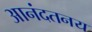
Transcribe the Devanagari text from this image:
आनंदतनय